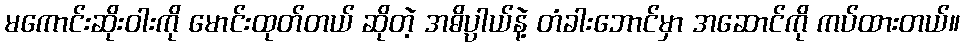
မကောင်းဆိုးဝါးကို မောင်းထုတ်တယ် ဆိုတဲ့ အဓိပ္ပာယ်နဲ့ တံခါးဘောင်မှာ အဆောင်ကို ကပ်ထားတယ်။